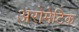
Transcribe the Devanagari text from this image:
अरोमेटिक